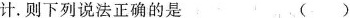
计.则下列说法正确的是 ()